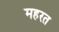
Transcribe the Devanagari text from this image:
महरत